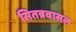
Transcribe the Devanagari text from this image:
सितन्नवासल